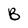
Character: B